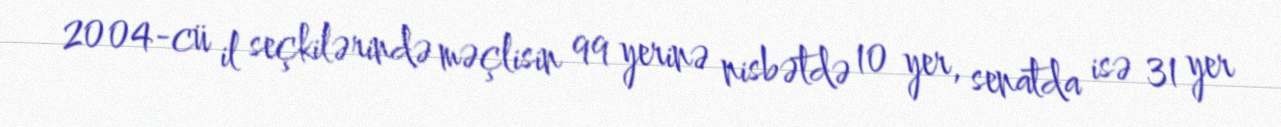
2004-cü il seçkilərində məçlisin 99 yerinə nisbətdə 10 yer, senatda isə 31 yer